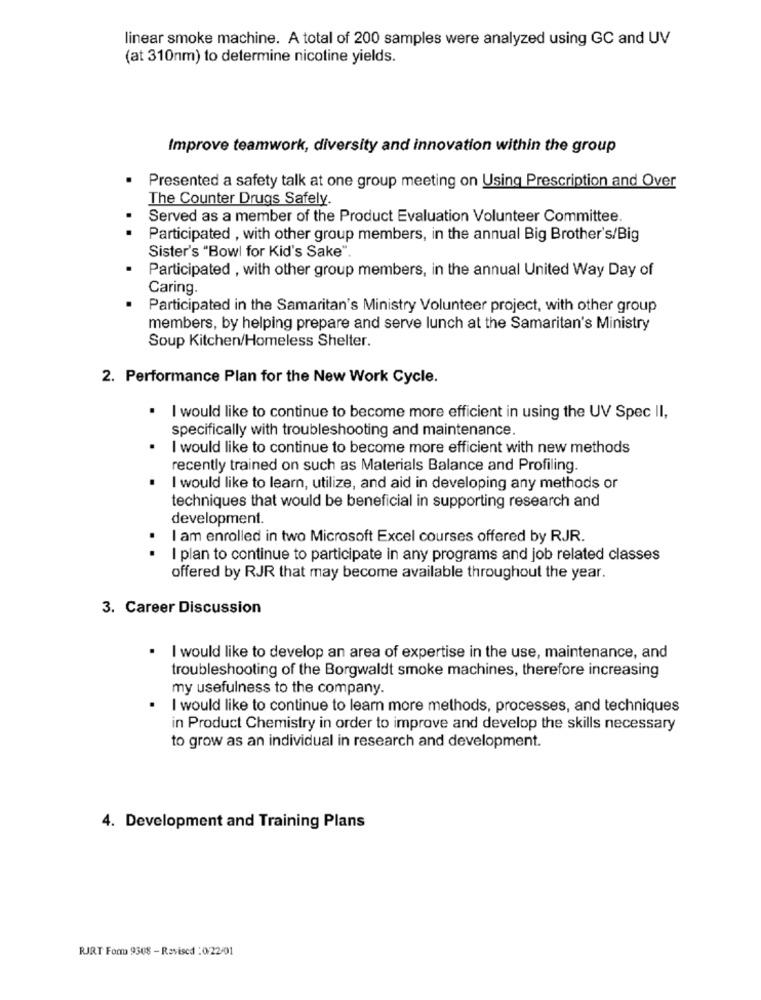
linear smoke machine. A total of 200 samples were analyzed using GC and UV
(at 310nm) to determine nicotine yields.
Improve teamwork, diversity and innovation within the group
Presented a safety talk at one group meeting on Using Prescription and Over
The Counter Drugs Safely.
Served as a member of the Product Evaluation Volunteer Committee.
Participated , with other group members, in the annual Big Brother's/Big
Sister's "Bowl for Kid's Sake".
Participated , with other group members, in the annual United Way Day of
Caring.
Participated in the Samaritan's Ministry Volunteer project, with other group
members, by helping prepare and serve lunch at the Samaritan's Ministry
Soup Kitchen/Homeless Shelter.
2. Performance Plan for the New Work Cycle.
I would like to continue to become more efficient in using the UV Spec II,
specifically with troubleshooting and maintenance.
I would like to continue to become more efficient with new methods
recently trained on such as Materials Balance and Profiling.
I would like to learn, utilize, and aid in developing any methods or
techniques that would be beneficial in supporting research and
development.
I am enrolled in two Microsoft Excel courses offered by RJR.
I plan to continue to participate in any programs and job related classes
offered by RJR that may become available throughout the year.
3. Career Discussion
. I would like to develop an area of expertise in the use, maintenance, and
troubleshooting of the Borgwaldt smoke machines, therefore increasing
my usefulness to the company.
I would like to continue to learn more methods, processes, and techniques
in Product Chemistry in order to improve and develop the skills necessary
to grow as an individual in research and development.
4. Development and Training Plans
RJRT Forma 9308 - Revised : 0/22/01